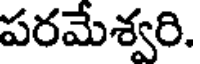
పరమేశ్వరి.